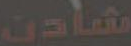
شادن